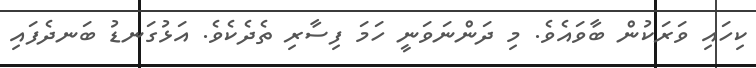
ކިހައި ވަރަކުން ބާވައެވެ. މި ދަންނަވަނީ ހަމަ ފިސާރި ތެދެކެވެ. އަޅުގަނޑު ބަނދެފައި